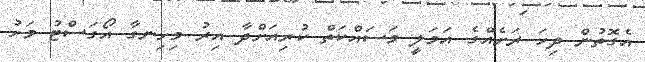
އެގޮތުން ދިހަ ރަށެއްގެ އަމަލީ މަސައްކަތް ކުރިއަށްދާ އިރު މިހިނގާ އޯގަސްޓު މަހު